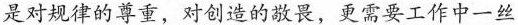
是对规律的尊重，对造的敬畏，更需要工作中一丝